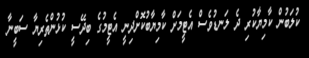
ކުލަބުން ކާމިޔާކުރި ދެ ލަނޑުވެސް އެޓީމަށް ކާމިޔާބުކޮށްދިނީ އެޓީމުގެ ބިދޭސީ ކުޅުންތެރިޔާ ސަބީނާ